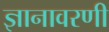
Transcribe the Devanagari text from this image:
ज्ञानावरणी